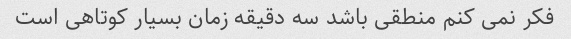
فکر نمی کنم منطقی باشد سه دقیقه زمان بسیار کوتاهی است